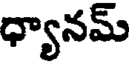
ధ్యానమ్